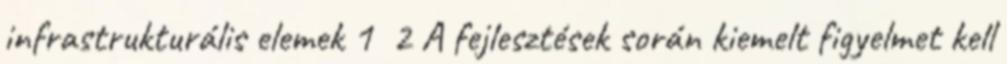
infrastrukturális elemek 1 2 A fejlesztések során kiemelt figyelmet kell